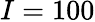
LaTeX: I=100